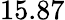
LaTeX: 15.87